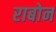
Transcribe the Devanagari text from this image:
राबोन